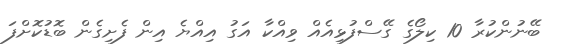
ބޭނުންކުރާ 10 ކިލޯގެ ގޭސްފުޅިއެއް ވިއްކާ އަގު އިއްޔެ އިން ފެށިގެން ބޮޑުކޮށްފަ